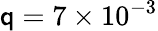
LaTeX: \mathsf{q}=7\times10^{-3}